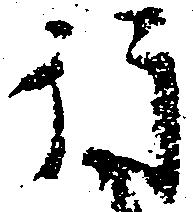
行